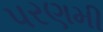
પરણમી